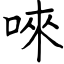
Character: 唻